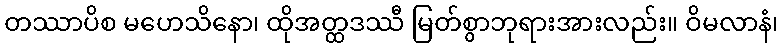
တဿာပိစ မဟေသိနော၊ ထိုအတ္ထဒဿီ မြတ်စွာဘုရားအားလည်း။ ဝိမလာနံ၊